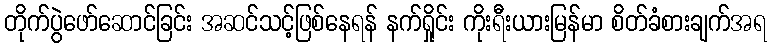
တိုက်ပွဲဖော်ဆောင်ခြင်း အဆင်သင့်ဖြစ်နေရန် နက်ရှိုင်း ကိုးရီးယားမြန်မာ စိတ်ခံစားချက်အရ